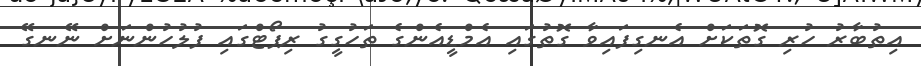
އިތުބާރު ހުރި ގޮތަކަށް އެނގިފައިވާ ގޮތުގައި އެމްޑީއެންގެ ތަހުގީގު ރިޕޯޓްގައި ފުލުހުންނަށް ނޭނގޭ